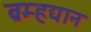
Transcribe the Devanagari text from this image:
ब्रम्हद्यान